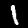
Label: 1